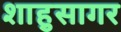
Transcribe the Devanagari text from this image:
शाहुसागर